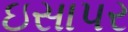
ઇસાપર